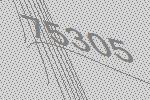
75305